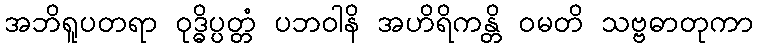
အဘိရူပတရာ ဝုဒ္ဓိပ္ပတ္တံ ပဘဝါနိ အဟိရိကန္တိ ဝမတိ သဗ္ဗဓာတုကာ